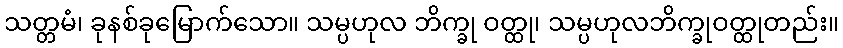
သတ္တမံ၊ ခုနစ်ခုမြောက်သော။ သမ္ပဟုလ ဘိက္ခု ဝတ္ထု၊ သမ္ပဟုလဘိက္ခုဝတ္ထုတည်း။